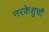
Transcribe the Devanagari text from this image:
नरकेशुचौ